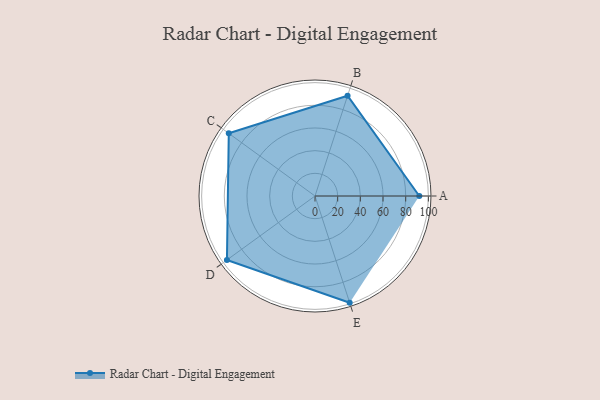
{"axis": {"x": "Skill", "y": "Score"}, "legend": ["Profile"], "data": [{"x": "A", "y": 92.0, "type": "Profile"}, {"x": "B", "y": 93.0, "type": "Profile"}, {"x": "C", "y": 94.0, "type": "Profile"}, {"x": "D", "y": 96.0, "type": "Profile"}, {"x": "E", "y": 99, "type": "Profile"}]}